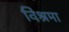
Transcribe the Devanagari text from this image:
विश्रमा